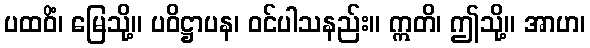
ပထဝိံ၊ မြေသို့။ ပဝိဋ္ဌာပန၊ ဝင်ပါသနည်း။ ဣတိ၊ ဤသို့။ အာဟ၊